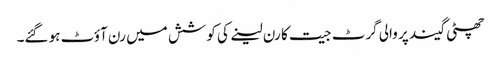
چھٹی گیند پر والی گرٹ جیت کا رن لینے کی کوشش میں رن آؤٹ ہو گئے۔